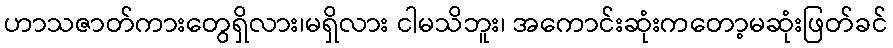
ဟာသဇာတ်ကားတွေရှိလား၊မရှိလား ငါမသိဘူး၊ အကောင်းဆုံးကတော့မဆုံးဖြတ်ခင်